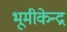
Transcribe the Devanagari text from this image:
भूमीकेन्द्र